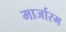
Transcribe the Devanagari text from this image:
मार्जारम